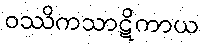
ဝဿိကသာဋိကာယ